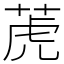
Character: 萀